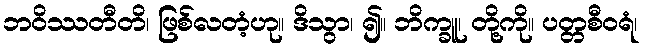
ဘဝိဿတီတိ၊ ဖြစ်လတံ့ဟု။ ဒိသွာ၊ ၍။ ဘိက္ခူ၊ တို့ကို။ ပတ္တစီဝရံ၊